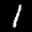
Label: 1